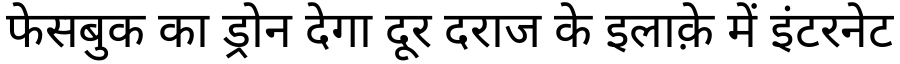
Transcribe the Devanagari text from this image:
फेसबुक का ड्रोन देगा दूर दराज के इलाक़े में इंटरनेट